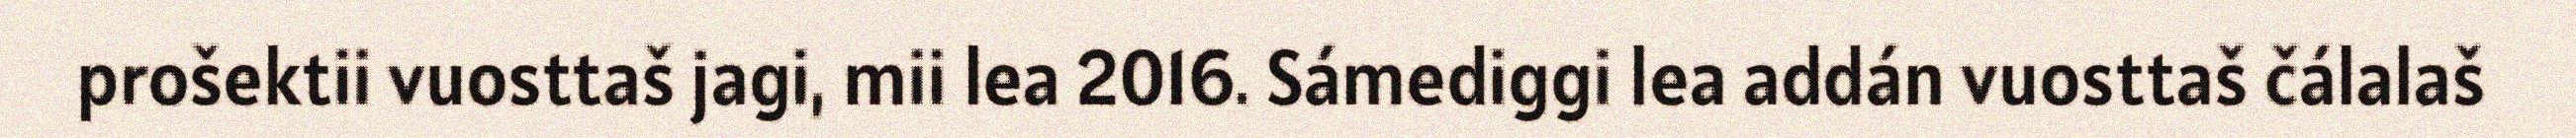
prošektii vuosttaš jagi, mii lea 2016. Sámediggi lea addán vuosttaš čálalaš